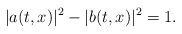
\begin{align*}|a(t,x)|^2 - |b(t,x)|^2 =1. \end{align*}